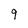
Character: 9